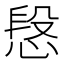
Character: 𢝪